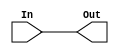
`timescale 1ns / 1ps
//////////////////////////////////////////////////////////////////////////////////
// Company: 
// Engineer: 
// 
// Design Name: 
// Module Name: RGB_Led
// Project Name: 
// Target Devices: 
// Tool Versions: 
// Description: 
// 
// Dependencies: 
// 
// Revision:
// Revision 0.01 - File Created
// Additional Comments:
// 
//////////////////////////////////////////////////////////////////////////////////

// Fatima Zehra Alvi
module RGB_Led(In, Out);
input wire [5:0]In;
output reg [5:0] Out;

 always @(*)
 begin
 Out= In;
end

endmodule